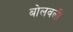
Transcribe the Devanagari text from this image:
बोलवली